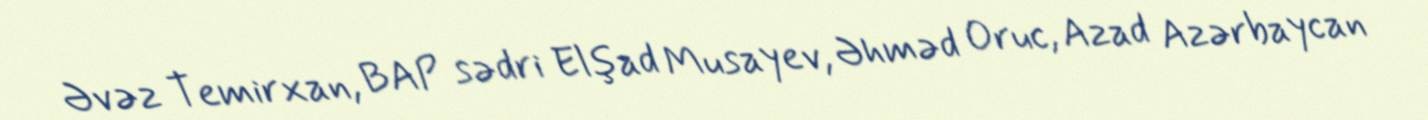
Əvəz Temirxan, BAP sədri Elşad Musayev, Əhməd Oruc, Azad Azərbaycan